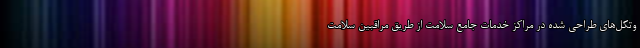
وتکل‌های طراحی شده در مراکز خدمات جامع سلامت از طریق مراقبین سلامت